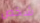
شخص